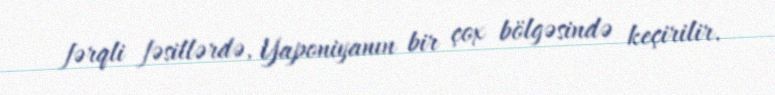
fərqli fəsillərdə, Yaponiyanın bir çox bölgəsində keçirilir.